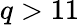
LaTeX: q>11